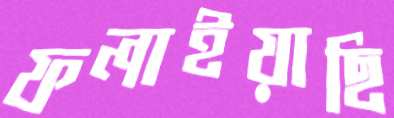
ফলাইয়াছি